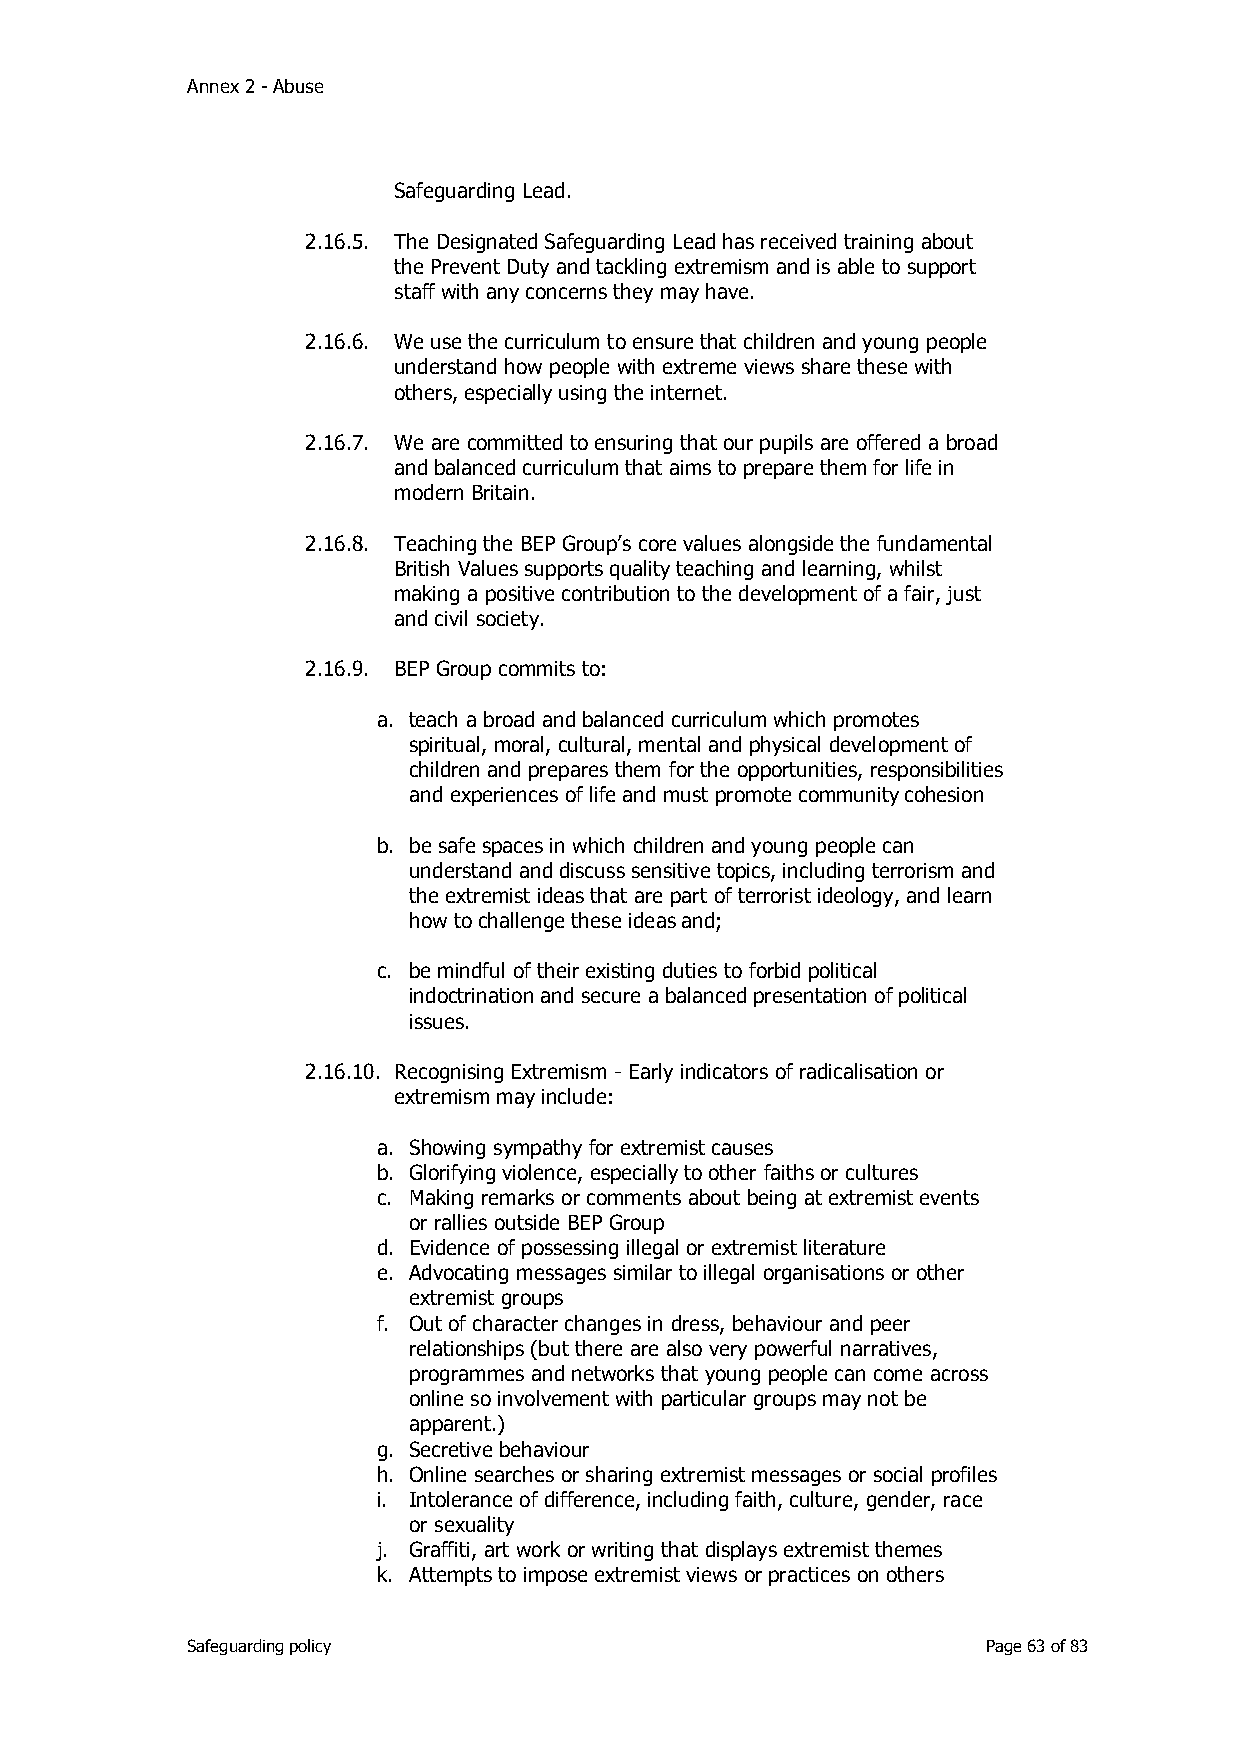
Annex 2 - Abuse
 Safeguarding Lead.
 2.16.5. The Designated Safeguarding Lead has received training about
 the Prevent Duty and tackling extremism and is able to support
 staff with any concerns they may have.
 2.16.6. We use the curriculum to ensure that children and young people
 understand how people with extreme views share these with
 others, especially using the internet.
 2.16.7. We are committed to ensuring that our pupils are offered a broad
 and balanced curriculum that aims to prepare them for life in
 modern Britain.
 2.16.8. Teaching the BEP Group’s core values alongside the fundamental
 British Values supports quality teaching and learning, whilst
 making a positive contribution to the development of a fair, just
 and civil society.
 2.16.9. BEP Group commits to:
 a. teach a broad and balanced curriculum which promotes
 spiritual, moral, cultural, mental and physical development of
 children and prepares them for the opportunities, responsibilities
 and experiences of life and must promote community cohesion
 b. be safe spaces in which children and young people can
 understand and discuss sensitive topics, including terrorism and
 the extremist ideas that are part of terrorist ideology, and learn
 how to challenge these ideas and;
 c. be mindful of their existing duties to forbid political
 indoctrination and secure a balanced presentation of political
 issues.
 2.16.10. Recognising Extremism - Early indicators of radicalisation or
 extremism may include:
 a. Showing sympathy for extremist causes
 b. Glorifying violence, especially to other faiths or cultures
 c. Making remarks or comments about being at extremist events
 or rallies outside BEP Group
 d. Evidence of possessing illegal or extremist literature
 e. Advocating messages similar to illegal organisations or other
 extremist groups
 f. Out of character changes in dress, behaviour and peer
 relationships (but there are also very powerful narratives,
 programmes and networks that young people can come across
 online so involvement with particular groups may not be
 apparent.)
 g. Secretive behaviour
 h. Online searches or sharing extremist messages or social profiles
 i. Intolerance of difference, including faith, culture, gender, race
 or sexuality
 j. Graffiti, art work or writing that displays extremist themes
 k. Attempts to impose extremist views or practices on others
 Safeguarding policy                                  Page 63 of 83